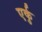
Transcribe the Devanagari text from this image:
एर्कु